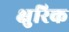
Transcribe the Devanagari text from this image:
क्षुरिक